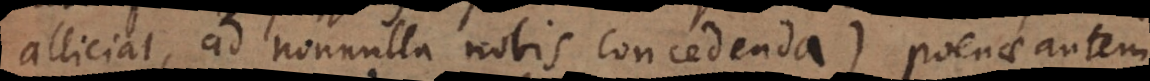
alliciat, ad nonnulla nobis concedenda), poenae autem